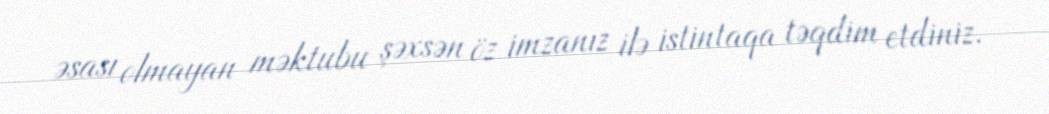
əsası olmayan məktubu şəxsən öz imzanız ilə istintaqa təqdim etdiniz.